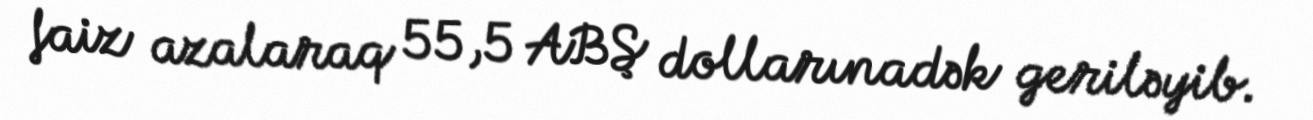
faiz azalaraq 55,5 ABŞ dollarınadək geriləyib.